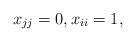
LaTeX: \begin{align*}x_{jj} = 0 ,x_{ii} = 1 ,\end{align*}